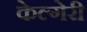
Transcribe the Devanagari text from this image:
केल्गेरी